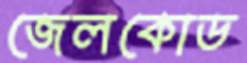
জেলকোড